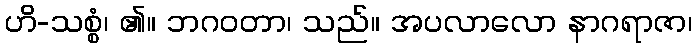
ဟိ-သစ္စံ၊ ၏။ ဘဂဝတာ၊ သည်။ အပလာလော နာဂရာဇာ၊